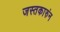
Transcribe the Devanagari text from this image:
जस्तकारुंन